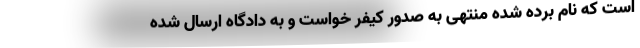
است که نام برده شده منتهی به صدور کیفر خواست و به دادگاه ارسال شده